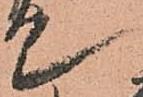
て